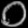
Digit: ၀